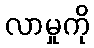
လာမှုကို